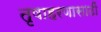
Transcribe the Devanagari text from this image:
तृषाहरणासाठीं